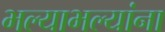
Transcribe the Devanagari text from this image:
भल्याभल्यांना